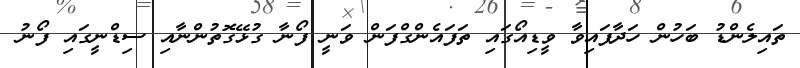
ތައިލެންޑު ބަހުން ހަދާފައިވާ ވީޑިއޯގައި ތަފައެންގްފަން ވަނީ ފޯނާ ގުޅޭގޮތުންނާއި ސިޑްނީގައި ފޯނު